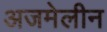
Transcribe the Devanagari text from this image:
अजमेलीन